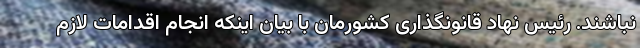
نباشند. رئیس نهاد قانونگذاری کشورمان با بیان اینکه انجام اقدامات لازم